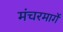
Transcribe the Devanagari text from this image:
मंचरमार्गे